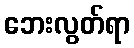
ဘေးလွတ်ရာ